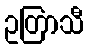
ဥတြာသီ